Annual statistical returns and brief notes on vaccination in Bengal - 1896-1909
Year: 1896
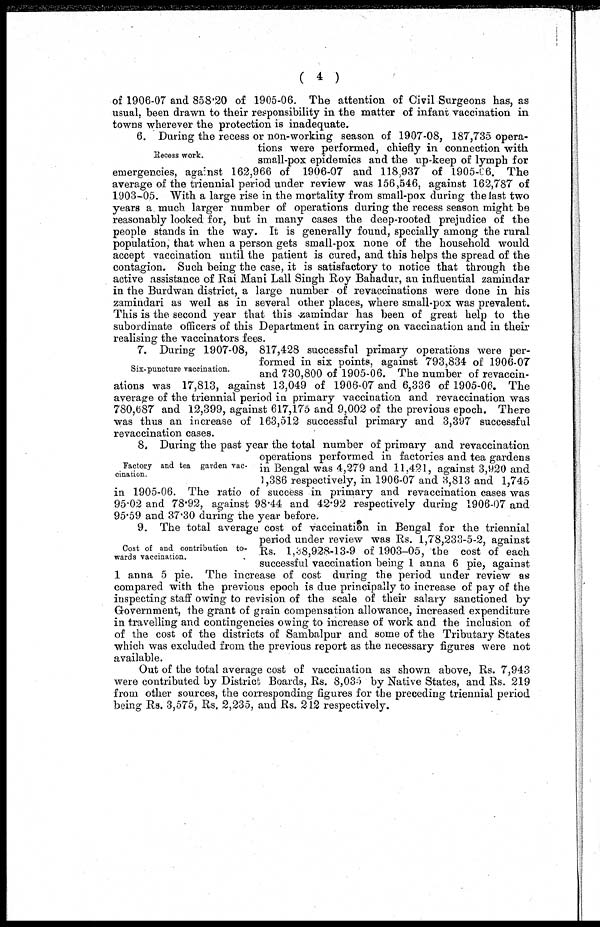
( 4 )
of 1906-07 and 858.20 of 1905-06. The attention of Civil Surgeons has, as
usual, been drawn to their responsibility in the matter of infant vaccination in
towns wherever the protection is inadequate.
Recess work.
6. During the recess or non-working season of 1907-08, 187,735 opera-
tions were performed, chiefly in connection with
small-pox epidemics and the up-keep of lymph for
emergencies, against 162,966 of 1906-07 and 118,937 of 1905-06. The
average of the triennial period under review was 156,546, against 162,787 of
1903-05. With a large rise in the mortality from small-pox during the last two
years a much larger number of operations during the recess season might be
reasonably looked for, but in many cases the deep-rooted prejudice of the
people stands in the way. It is generally found, specially among the rural
population, that when a person gets small-pox none of the household would
accept vaccination until the patient is cured, and this helps the spread of the
contagion. Such being the case, it is satisfactory to notice that through the
active assistance of Rai Mani Lall Singh Roy Bahadur, an influential zamindar
in the Burdwan district, a large number of revaccinations were done in his
zamindari as well as in several other places, where small-pox was prevalent.
This is the second year that this zamindar has been of great help to the
subordinate officers of this Department in carrying on vaccination and in their
realising the vaccinators fees.
Six-puncture vaccination.
7. During 1907-08, 817,428 successful primary operations were per-
formed in six points, against 793,834 of 1906-07
and 730,800 of 1905-06. The number of revaccin-
ations was 17,813, against 13,049 of 1906-07 and 6,336 of 1905-06. The
average of the triennial period in primary vaccination and revaccination was
780,687 and 12,399, against 617,175 and 9,002 of the previous epoch. There
was thus an increase of 163,512 successful primary and 3,397 successful
revaccination cases.
Factory and tea garden vac-
cination.
8. During the past year the total number of primary and revaccination
operations performed in factories and tea gardens
in Bengal was 4,279 and 11,421, against 3,920 and
1,386 respectively, in 1906-07 and 3,813 and 1,745
in 1905-06. The ratio of success in primary and revaccination cases was
95.02 and 78.92, against 98.44 and 42.92 respectively during 1906-07 and
95.59 and 37.30 during the year before.
Cost of and contribution to-
wards vaccination.
9. The total average cost of vaccination in Bengal for the triennial
period under review was Rs. 1,78,233-5-2, against
Rs. 1,38,928-13-9 of 1903-05, the cost of each
successful vaccination being 1 anna 6 pie, against
1 anna 5 pie. The increase of cost during the period under review as
compared with the previous epoch is due principally to increase of pay of the
inspecting staff owing to revision of the scale of their salary sanctioned by
Government, the grant of grain compensation allowance, increased expenditure
in travelling and contingencies owing to increase of work and the inclusion of
of the cost of the districts of Sambalpur and some of the Tributary States
which was excluded from the previous report as the necessary figures were not
available.
Out of the total average cost of vaccination as shown above, Rs. 7,943
were contributed by District Boards, Rs. 8,035 by Native States, and Rs. 219
from other sources, the corresponding figures for the preceding triennial period
being Rs. 3,575, Rs. 2,235, and Rs. 212 respectively.